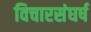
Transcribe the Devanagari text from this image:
विचारसंघर्ष